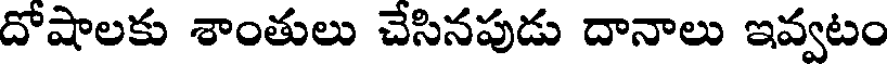
దోషాలకు శాంతులు చేసినపుడు దానాలు ఇవ్వటం